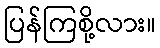
ပြန်ကြစို့လား။